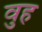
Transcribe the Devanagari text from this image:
वुह